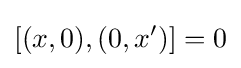
[(x,0),(0,x')]=0